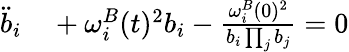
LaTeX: \begin{array}{rl}{\ddot{b}_{i}}&{{}+{\omega_{i}^{B}}(t)^{2}b_{i}-\frac{{\omega_{i}^{B}}(0)^{2}}{b_{i}\prod_{j}b_{j}}=0}\end{array}